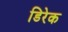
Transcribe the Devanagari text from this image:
डिरेक